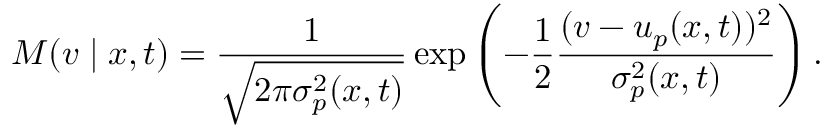
M ( v \mid x , t ) = \frac { 1 } { \sqrt { 2 \pi \sigma _ { p } ^ { 2 } ( x , t ) } } \exp \left( - \frac { 1 } { 2 } \frac { ( v - u _ { p } ( x , t ) ) ^ { 2 } } { \sigma _ { p } ^ { 2 } ( x , t ) } \right) .